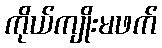
ကိုယ်ကျိုးမဖက်